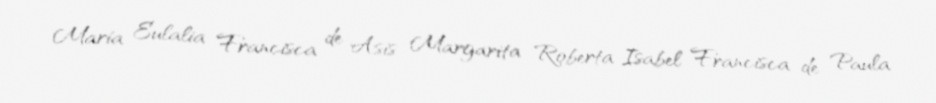
María Eulalia Francisca de Asís Margarita Roberta Isabel Francisca de Paula